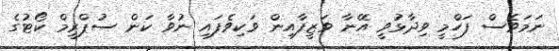
ނަމަވެސް ފަހްމީ ވިދާޅުވީ އޭނާ ވަޒީފާއިން ވަކިވެފައި ނުވާ ކަން ސުޕްރީމް ކޯޓުގެ